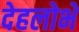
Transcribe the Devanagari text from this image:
देहलोभें